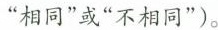
“相同”或“不相同”)。